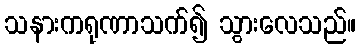
သနားကရုဏာသက်၍ သွားလေသည်။